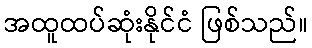
အထူထပ်ဆုံးနိုင်ငံ ဖြစ်သည်။